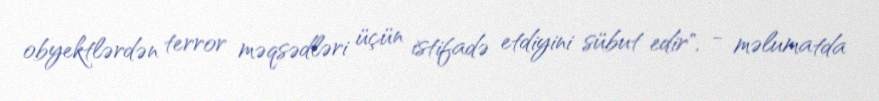
obyektlərdən terror məqsədləri üçün istifadə etdiyini sübut edir", - məlumatda